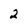
Character: 2